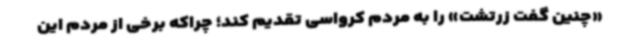
«چنین گفت زرتشت» را به مردم کرواسی تقدیم کند؛ چراکه برخی از مردم این